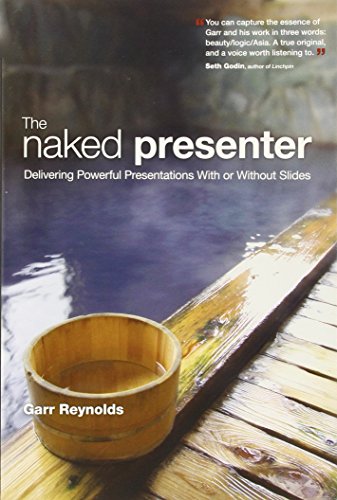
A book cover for The Naked Presenter: Delivering Powerful Presentations With or Without Slides (Voices That Matter); Garr Reynolds; Business & Money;